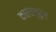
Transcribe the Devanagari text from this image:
कालाचूर्ण